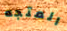
المتجه